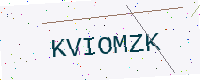
Text: KVIOMZK